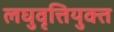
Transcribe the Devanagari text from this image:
लघुवृत्तियुक्त